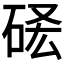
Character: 𥒣